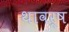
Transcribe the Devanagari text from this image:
थावर्ष